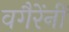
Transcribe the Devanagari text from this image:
वगैरेंनीं